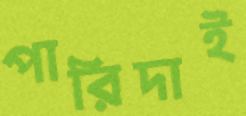
পারিদাই